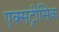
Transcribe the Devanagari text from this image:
एक्सट्रीसिक